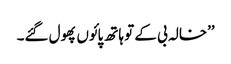
’’خالہ بی کے تو ہاتھ پائوں پھول گئے۔